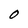
Character: O